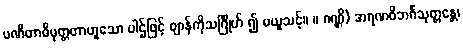
ပဏီတာဓိမုတ္တတာဟူသော ပါဌ်ဖြင့် ဈာန်ကိုသင်္ဂြိုဟ် ၍ မယူသင့်။ ။ ဂဏ္ဌိ) အရဏဝိဘင်္ဂသုတ္တန္တေ၊